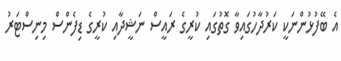
އެ ބޭފުޅުންނަކީ ކަރުދާހުގައިވާ ގޮތުގައި ކުރީގެ ރައީސް ނަޝީދާއި ކުރީގެ ޑިފެންސް މިނިސްޓަރު